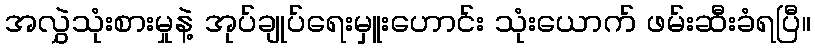
အလွှဲသုံးစားမှုနဲ့ အုပ်ချုပ်ရေးမှူးဟောင်း သုံးယောက် ဖမ်းဆီးခံရပြီ။